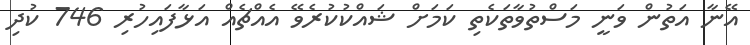
އޭނާ އަތުން ވަނީ މަސްތުވާތަކެތި ކަމަށް ޝައްކުކުރެވޭ އެއްޗެއް އަޅާފައިހުރި 746 ކުދި